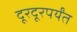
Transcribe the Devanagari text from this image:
दूरदूरपर्यंत